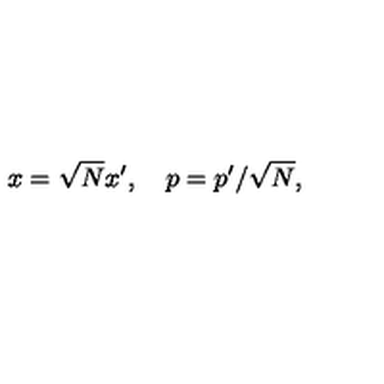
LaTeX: x = \sqrt { N } x ^ { \prime } , \quad p = p ^ { \prime } / \sqrt { N } ,